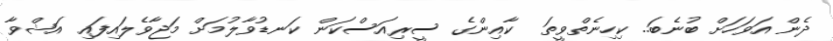
ދެން އަވަހަށް ބުނެބަ.. ކިހިނެތްވީތަ  ކާއިންގެ ސީރިއަސްކަން ކަނޑުވާލުމަށް މަޖާވެލައިފައި އަޝްވާ